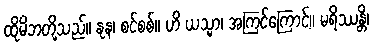
ထိုမိဘတို့သည်။ နုန၊ စင်စစ်။ ဟိ ယသ္မာ၊ အကြင်ကြောင့်။ မရိဿန္တိ၊